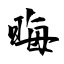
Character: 晦